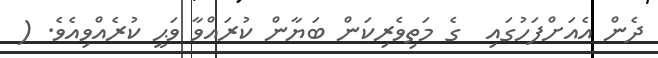
ދެން އެއަށްފަހުގައި  ގެ މަތިވެރިކަން ބަޔާން ކުރައްވާ ވަޙީ ކުރެއްވިއެވެ. (